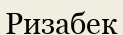
Ризабек